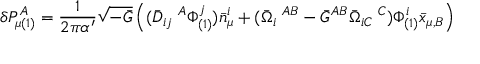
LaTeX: \delta P _ { \mu ( 1 ) } ^ { A } = \frac { 1 } { 2 \pi \alpha ^ { \prime } } \sqrt { - \bar { G } } \left( ( \bar { D } _ { i j } \; ^ { A } \Phi _ { ( 1 ) } ^ { j } ) \bar { n } _ { \mu } ^ { i } + ( \bar { \Omega } _ { i } \; ^ { A B } - \bar { G } ^ { A B } \bar { \Omega } _ { i C } \; ^ { C } ) \Phi _ { ( 1 ) } ^ { i } \bar { x } _ { \mu , B } \right)